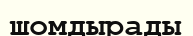
шомдырады